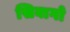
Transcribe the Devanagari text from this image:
सिबागो